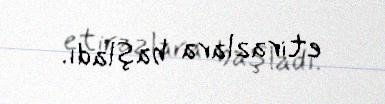
etirazlara başladı.